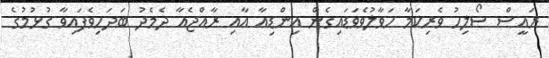
ރައީސް ސޯލިހު ވެރިކަމާ ހަވާލުވެވަޑައިގެން އިންޑިއާ އާއި ރާއްޖެއާ ދެމެދު ބަދަހިވެފައިވާ ގުޅުމުގެ